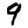
Digit: 9